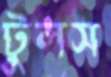
টুলস